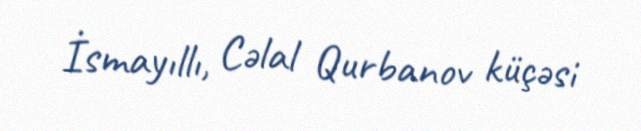
İsmayıllı, Cəlal Qurbanov küçəsi